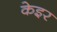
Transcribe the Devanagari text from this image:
केइर